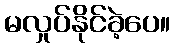
မလှုပ်နိုင်ခဲ့ပေ။